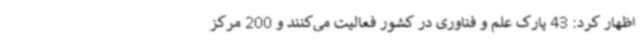
اظهار کرد: 43 پارک علم و فناوری در کشور فعالیت می‌کنند و 200 مرکز